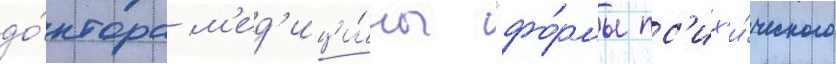
до́ктора м'ед'ици́ны "фо́рмы пс'их'и́ческого